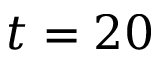
t = 2 0